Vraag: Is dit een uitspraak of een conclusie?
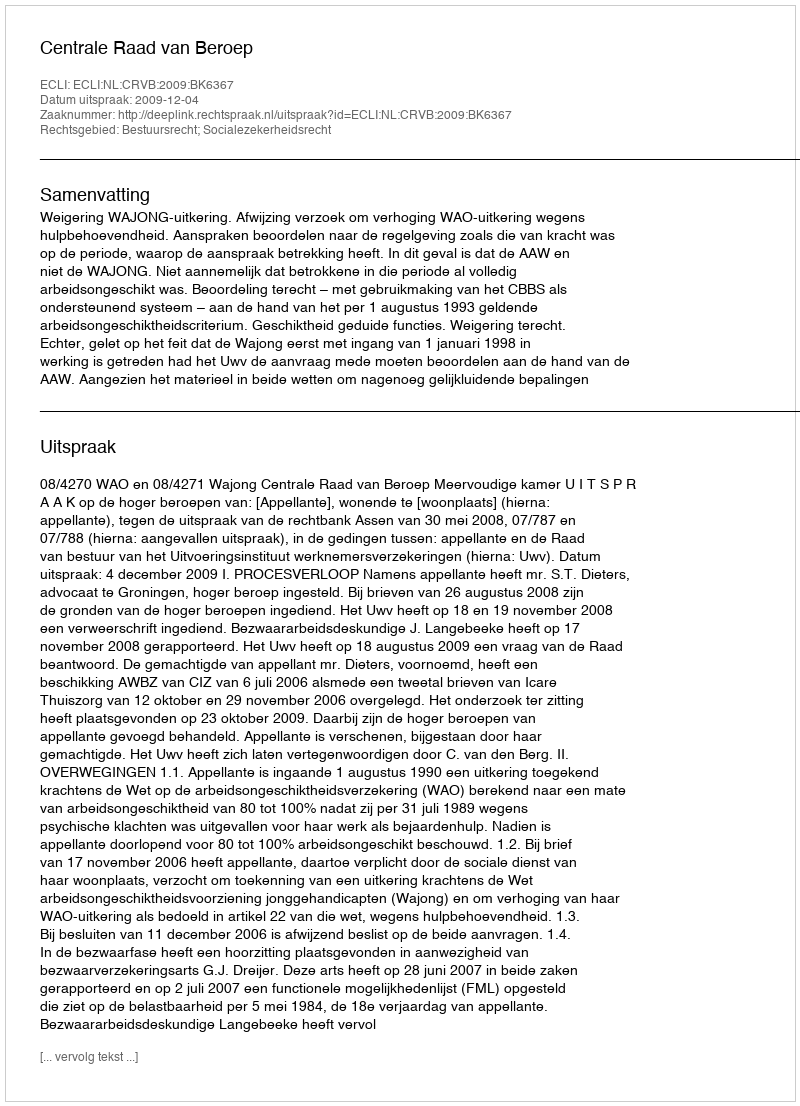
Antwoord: Uitspraak